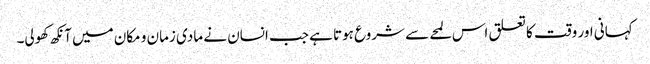
کہانی اور وقت کا تعلق اس لمحے سے شروع ہوتا ہے جب انسان نے مادی زمان و مکان میں آنکھ کھولی۔